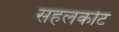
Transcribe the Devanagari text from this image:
सहलकोट